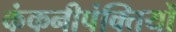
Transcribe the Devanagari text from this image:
कंकनीपंक्तियों